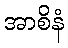
အာစိနံ